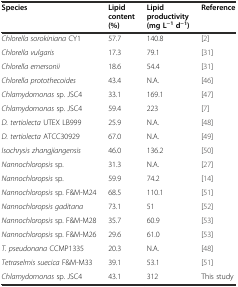
| Species | Lipid content (%) | Lipid productivity (mg L−1d−1) | Reference |
 | --- | --- | --- | --- |
 | Chlorella sorokiniana CY1 | 57.7 | 140.8 | [2] |
 | Chlorella vulgaris | 17.3 | 79.1 | [31] |
 | Chlorella emersonii | 18.6 | 54.4 | [31] |
 | Chlorella protothecoides | 43.4 | N.A. | [46] |
 | Chlamydomonas sp. JSC4 | 33.1 | 169.1 | [47] |
 | Chlamydomonas sp. JSC4 | 59.4 | 223 | [7] |
 | D. tertiolecta UTEX LB999 | 25.9 | N.A. | [48] |
 | D. tertiolecta ATCC30929 | 67.0 | N.A. | [49] |
 | Isochrysis zhangjiangensis | 46.0 | 136.2 | [50] |
 | Nannochloropsis sp. | 31.3 | N.A. | [27] |
 | Nannochloropsis sp. | 59.9 | 74.2 | [14] |
 | Nannochloropsis sp. F&M-M24 | 68.5 | 110.1 | [51] |
 | Nannochloropsis gaditana | 73.1 | 51 | [52] |
 | Nannochloropsis sp. F&M-M28 | 35.7 | 60.9 | [53] |
 | Nannochloropsis sp. F&M-M26 | 29.6 | 61.0 | [53] |
 | T. pseudonana CCMP1335 | 20.3 | N.A. | [48] |
 | Tetraselmis suecica F&M-M33 | 39.1 | 53.1 | [51] |
 | Chlamydomonas sp. JSC4 | 43.1 | 312 | This study |